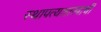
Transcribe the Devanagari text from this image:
स्थापत्यशास्त्राची